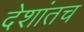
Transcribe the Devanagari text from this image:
देशांतच